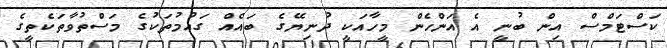
ކަސްޓަމްސް އިން ބުނީ އެ އަންހެން މީހާއަކީ ދުނިޔޭގެ ބައެއް ގައުމުތަކުގެ މަސްތުވާތަކެތީގެ